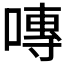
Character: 𭉾